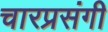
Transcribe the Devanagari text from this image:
चारप्रसंगी